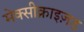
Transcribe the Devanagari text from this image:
मेक्सीक्नाइज़ड